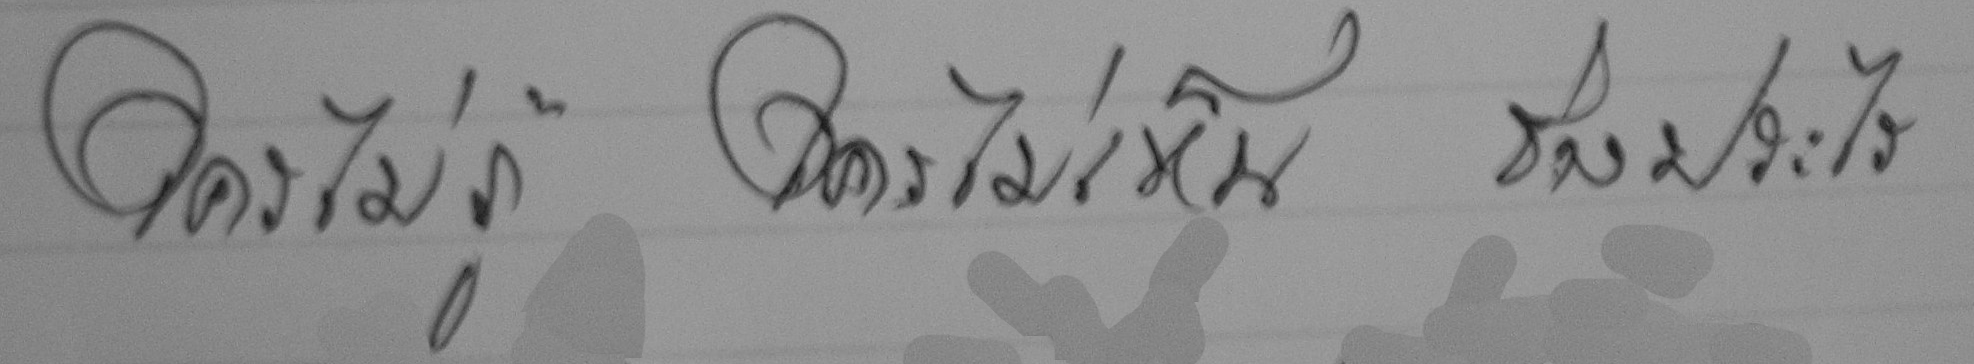
ใครไม่รู้ใครไม่เห็นช่างประไร